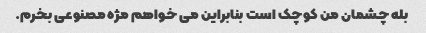
بله چشمان من کوچک است بنابراین می خواهم مژه مصنوعی بخرم.